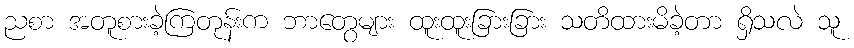
ညစာ အတူစားခဲ့ကြတုန်းက ဘာတွေများ ထူးထူးခြားခြား သတိထားမိခဲ့တာ ရှိသလဲ သူ